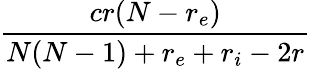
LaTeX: \frac{cr(N-r_{e})}{N(N-1)+r_{e}+r_{i}-2r}